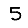
Digit: 5